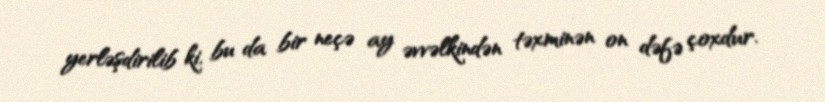
yerləşdirilib ki, bu da bir neçə ay əvvəlkindən təxminən on dəfə çoxdur.